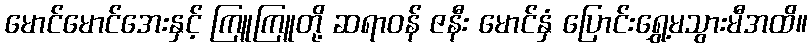
မောင်မောင်အေးနှင့် ကြူကြူတို့ ဆရာဝန် ဇနီး မောင်နှံ ပြောင်းရွှေ့မသွားမီအထိ။